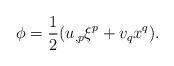
LaTeX: \begin{align*}\phi=\frac{1}{2}(u_{,p}\xi^p+v_qx^q).\end{align*}